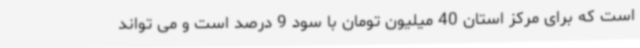
است که برای مرکز استان 40 میلیون تومان با سود 9 درصد است و می تواند